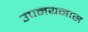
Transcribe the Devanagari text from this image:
उपनयनास